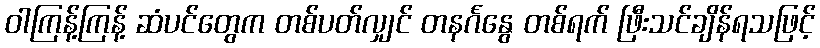
ဝါကြန့်ကြန့် ဆံပင်တွေက တစ်ပတ်လျှင် တနင်္ဂနွေ တစ်ရက် ဖြီးသင်ချိန်ရသဖြင့်